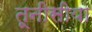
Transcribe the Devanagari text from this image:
तूनीसीया